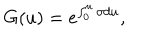
LaTeX: G ( u ) = e ^ { \int _ { 0 } ^ { u } \sigma d u } ,